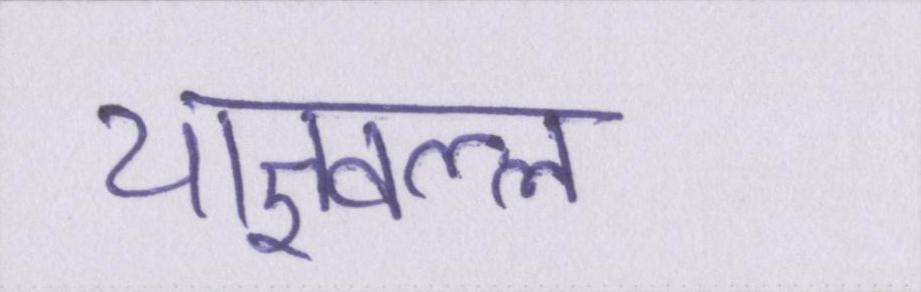
याज्ञवल्ल